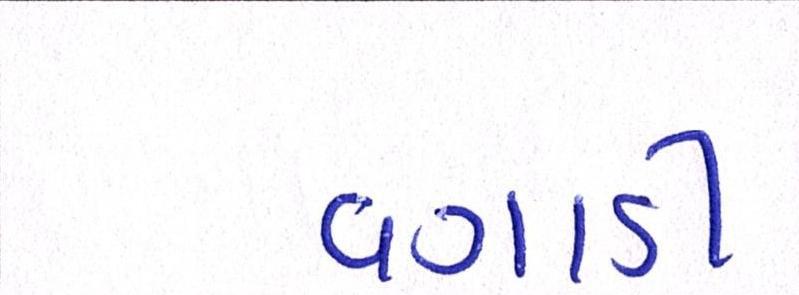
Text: વગાડી